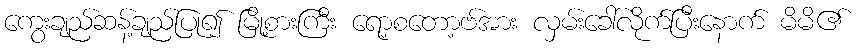
ကွေးချည်ဆန့်ချည်ပြု၍ မြို့စားကြီး ရော့စတော့ဗ်အား လှမ်းခေါ်လိုက်ပြီးနောက် မိမိ၏